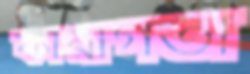
ফারাগতা